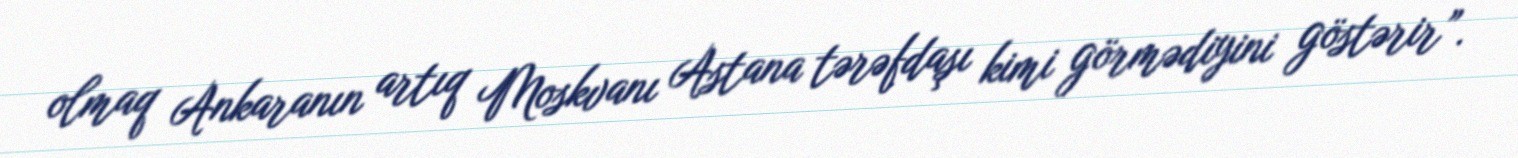
olmaq Ankaranın artıq Moskvanı Astana tərəfdaşı kimi görmədiyini göstərir”.